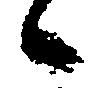
々